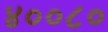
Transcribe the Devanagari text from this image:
४००८०